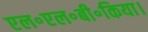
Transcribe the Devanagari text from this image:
एल॰एल॰बी॰किया।